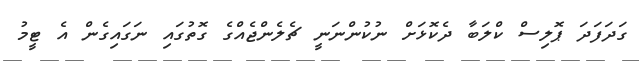
ގަދަފަދަ ޕޮލިސް ކްލަބާ ދެކޮޅަށް ނުކުންނަނީ ޗެލެންޖެއްގެ ގޮތުގައި ނަގައިގެން އެ ޓީމު